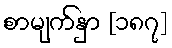
စာမျက်နှာ [၁၈၇]